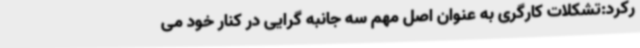
رکرد:تشکلات کارگری به عنوان اصل مهم سه جانبه گرایی در کنار خود می